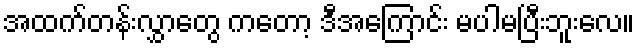
အထက်တန်းလွှာတွေ ကတော့ ဒီအကြောင်း မပါမပြီးဘူးလေ။